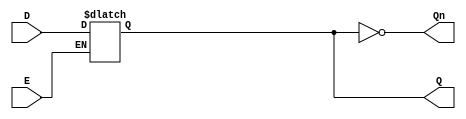
module GatedDLatch (
    input wire D,        // Data input
    input wire E,        // Enable input
    output reg Q,        // Output Q
    output wire Qn       // Complement of Q (Q')
);

// Combinational logic to control the latch behavior
always @(*) begin
    if (E) begin
        Q = D;          // When Enable is high, capture the value of D
    end
    // When Enable is low, Q retains its last value
end

// Complement of Q (Qn)
assign Qn = ~Q;

endmodule